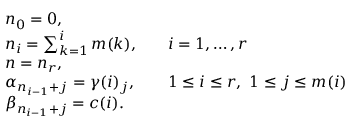
{ \begin{array} { r l r l } & { n _ { 0 } = 0 , } & & { } \\ & { n _ { i } = \sum _ { k = 1 } ^ { i } m ( k ) , } & & { i = 1 , \ldots , r } \\ & { n = n _ { r } , } & & { } \\ & { \alpha _ { n _ { i - 1 } + j } = \gamma ( i ) _ { j } , } & & { 1 \leq i \leq r , \ 1 \leq j \leq m ( i ) } \\ & { \beta _ { n _ { i - 1 } + j } = c ( i ) . } \end{array} }